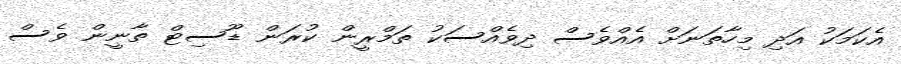
އެކަމަކު އަދި މިހާތަނަށް އެއްވެސް ދިވެެއްސަކު ތަމްރީން ކުރަން ޑޫސިޓް ތާނީން ވެސް